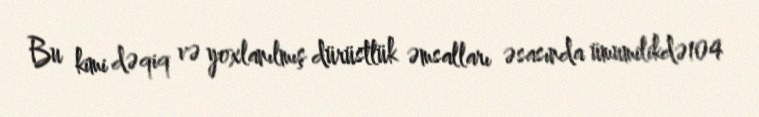
Bu kimi dəqiq və yoxlanılmış dürüstlük əmsalları əsasında ümumilikdə104